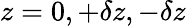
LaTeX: z=0,+\delta z,-\delta z